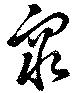
衆